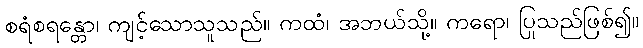
စရံစရန္တော၊ ကျင့်သောသူသည်။ ကထံ၊ အဘယ်သို့။ ကရော၊ ပြုသည်ဖြစ်၍။